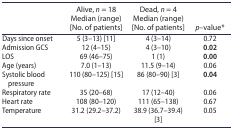
|  | Alive, n = 18 Median (range) [No. of patients] | Dead, n = 4 Median (range) [No. of patients] | p–value* |
 | --- | --- | --- | --- |
 | Days since onset | 5 (3–13) [11] | 4 (3–14) | 0.72 |
 | Admission GCS | 12 (4–15) | 4 (3–10) | 0.02 |
 | LOS | 69 (46–75) | 1 (1) | 0.00 |
 | Age (years) | 7.0 (1–13) | 11.5 (9–14) | 0.06 |
 | Systolic blood pressure | 110 (80–125) [15] | 86 (80–90) [3] | 0.04 |
 | Respiratory rate | 35 (20–68) | 17 (12–40) | 0.06 |
 | Heart rate | 108 (80–120) | 111 (65–138) | 0.67 |
 | Temperature | 31.2 (29.2–37.2) | 38.9 (36.7–39.4) [3] | 0.05 |